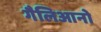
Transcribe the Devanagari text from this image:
गैलिआनो